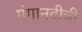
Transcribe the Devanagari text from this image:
गंगानदीची